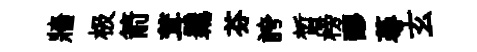
牆极箭茸覊芬誇晳榜醪蕚玄